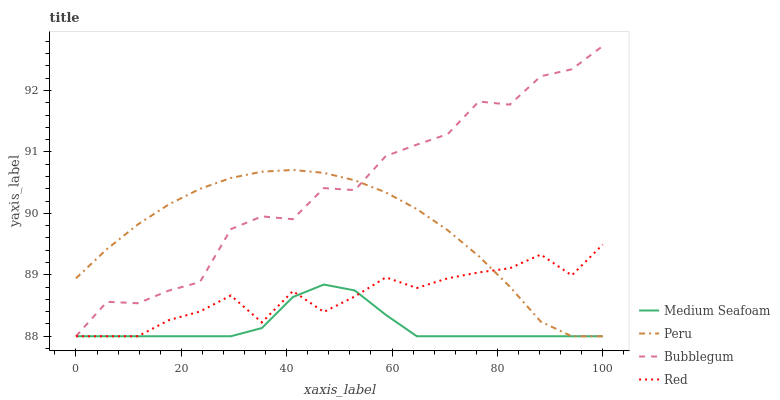
| xaxis_label | Medium Seafoam | Peru | Bubblegum | Red |
 | --- | --- | --- | --- | --- |
 | 0 | 88 | 88.9 | 88 | 88 |
 | 5.88 | 88 | 89.4 | 88.6 | 88 |
 | 11.8 | 88 | 89.8 | 88.5 | 88 |
 | 17.6 | 88 | 90.1 | 88.7 | 88.3 |
 | 23.5 | 88 | 90.4 | 88.9 | 88.4 |
 | 29.4 | 88 | 90.6 | 89.7 | 88.7 |
 | 35.3 | 88.1 | 90.7 | 90 | 88.2 |
 | 41.2 | 88.6 | 90.7 | 89.9 | 88.7 |
 | 47.1 | 88.8 | 90.7 | 90.4 | 88.4 |
 | 52.9 | 88.7 | 90.5 | 90.4 | 88.6 |
 | 58.8 | 88.3 | 90.3 | 90.9 | 89 |
 | 64.7 | 88 | 90.1 | 91.1 | 88.8 |
 | 70.6 | 88 | 89.7 | 91.3 | 88.9 |
 | 76.5 | 88 | 89.3 | 91.8 | 89 |
 | 82.4 | 88 | 88.8 | 91.8 | 89.1 |
 | 88.2 | 88 | 88.2 | 92.2 | 89.3 |
 | 94.1 | 88 | 88 | 92.3 | 89 |
 | 100 | 88 | 88 | 92.7 | 89.5 |